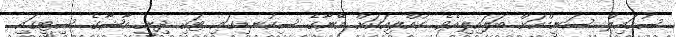
ސުހައިލް ސަނީމްއަށް ބަލައިލިއެވެ. ކުއްލިއަކަށް އޭނާގެ ސިކުނޑިގައި ޓަކި ދިނީ އާޝާގެ ސިޓީގައި